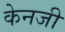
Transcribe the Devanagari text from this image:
केनजी